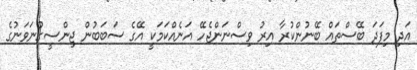
އަދި މިފަދަ ބޭސްތައް ބޭނުންކުރާ އިރު ވިސްނަންޖެހޭ އަނެއްކަމަކީ އޭގެ ސަބަބުން ޖިންސީގުނަވަނުގެ